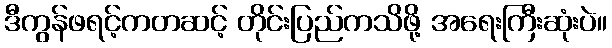
ဒီကွန်ဖရင့်ကတဆင့် တိုင်းပြည်ကသိဖို့ အရေးကြီးဆုံးပဲ။